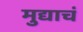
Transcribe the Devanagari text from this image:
मुद्याचं